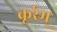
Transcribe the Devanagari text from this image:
कूर्रम्